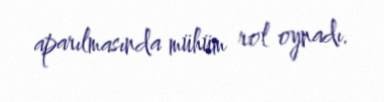
aparılmasında mühüm rol oynadı.